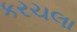
કરચલા